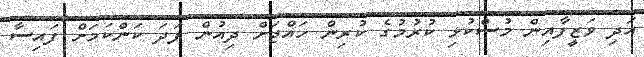
އަދި ވަޒީފާއިން މުސްކުޅި ކުރުމުގެ ކުރިން ހައްޖަށް ދިއުން ފަދަ ކަންކަމަށް ފައިސާ